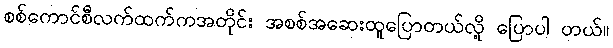
စစ်ကောင်စီလက်ထက်ကအတိုင်း အစစ်အဆေးထူပြောတယ်လို့ ပြောပါ တယ်။